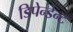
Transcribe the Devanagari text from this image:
डिपेन्डेन्ट